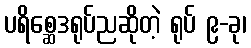
ပရိစ္ဆေဒရုပ်ညဆိုတဲ့ ရုပ် ၉-ခု၊